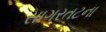
સાગરતટના